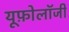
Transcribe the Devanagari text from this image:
यूफ़ोलॉजी